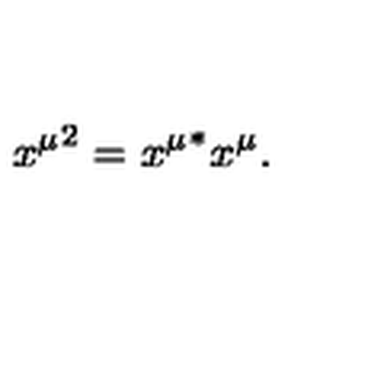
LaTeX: { x ^ { \mu } } ^ { 2 } = { x ^ { \mu } } ^ { * } x ^ { \mu } .